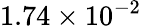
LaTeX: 1.74\times 10^{-2}